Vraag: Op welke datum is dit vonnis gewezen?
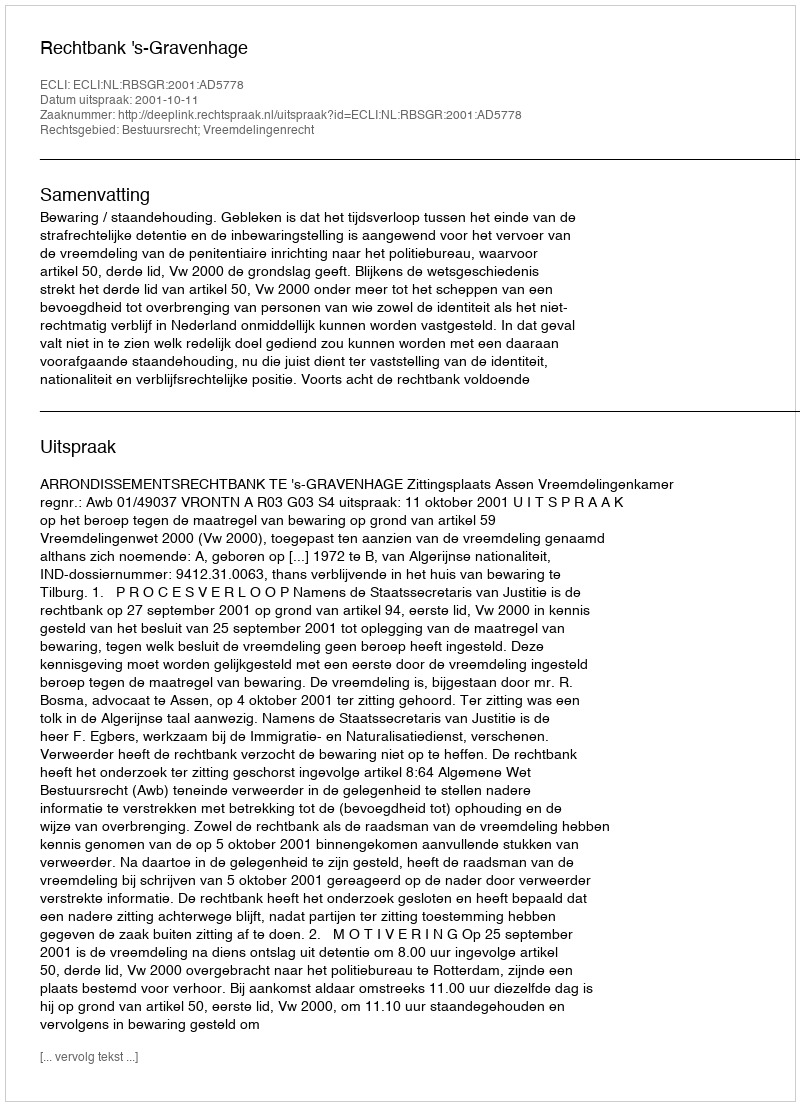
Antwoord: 2001-10-11